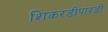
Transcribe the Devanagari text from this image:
शिकरडीपारडी